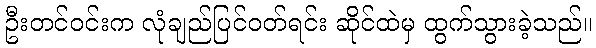
ဦးတင်ဝင်းက လုံချည်ပြင်ဝတ်ရင်း ဆိုင်ထဲမှ ထွက်သွားခဲ့သည်။